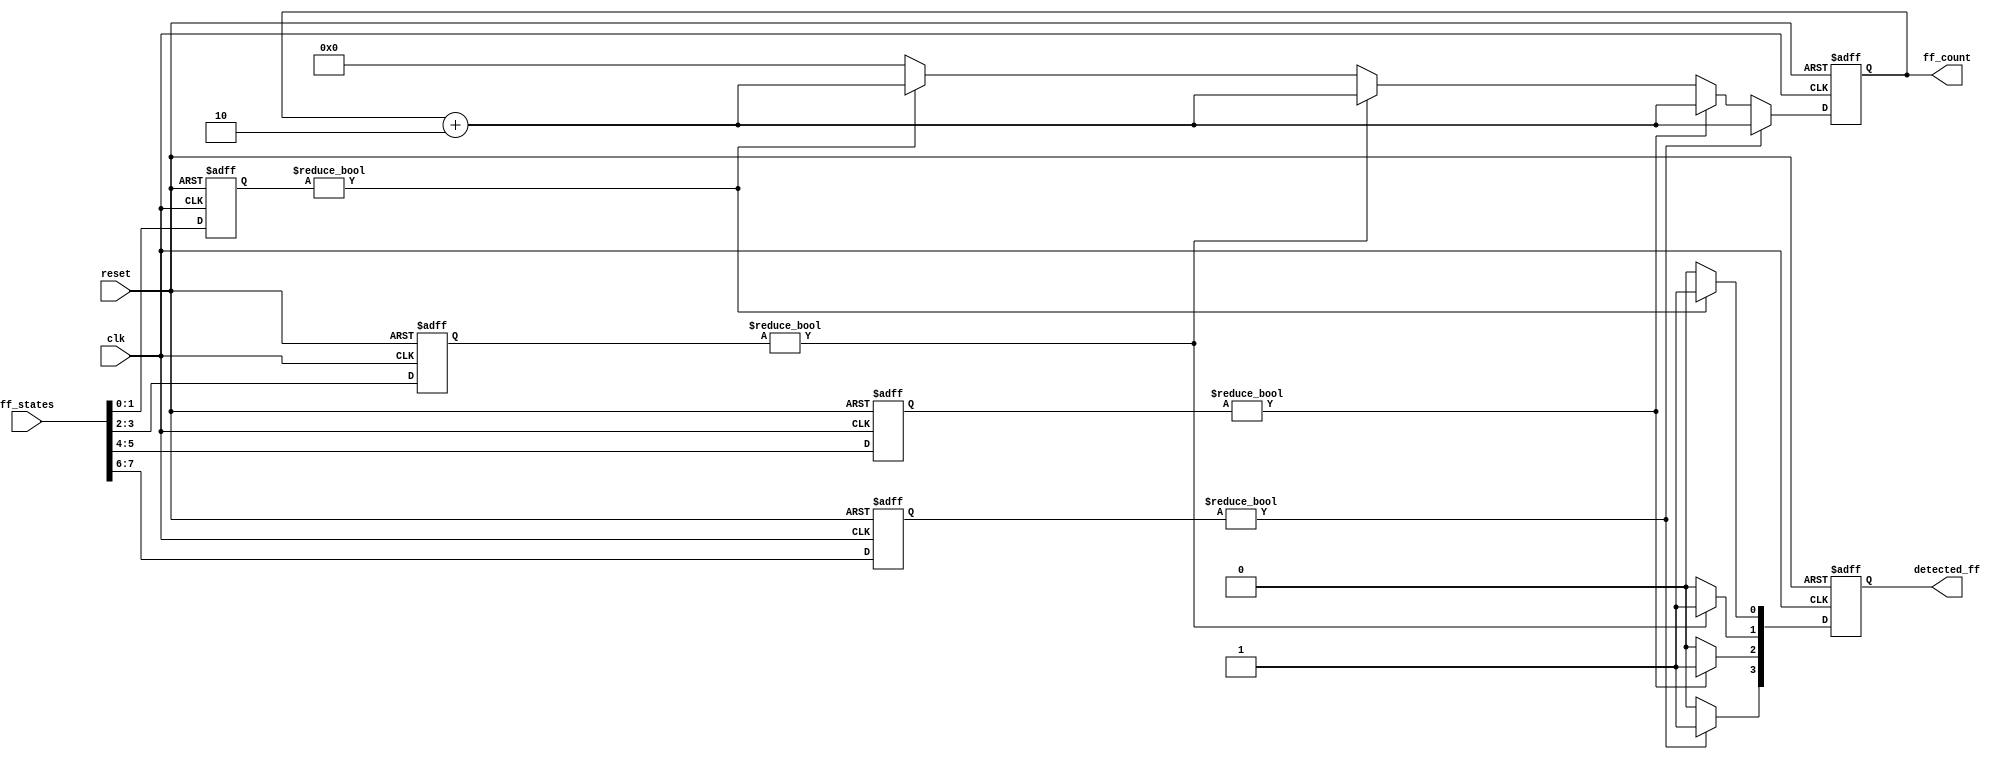
module flip_flop_detector #(
    parameter NUM_FLIP_FLOPS = 8,  // Number of flip-flops
    parameter NUM_BLOCKS = 4,      // Number of memory blocks
    parameter BLOCK_WIDTH = NUM_FLIP_FLOPS / NUM_BLOCKS // Width of each block
)(
    input wire clk,                 // Clock signal
    input wire reset,               // Reset signal
    input wire [NUM_FLIP_FLOPS-1:0] ff_states, // States of flip-flops
    output reg [NUM_BLOCKS-1:0] detected_ff, // Detected flip-flops in each block
    output reg [$clog2(NUM_FLIP_FLOPS):0] ff_count // Count of detected flip-flops
);

    // Memory blocks to store states
    reg [BLOCK_WIDTH-1:0] memory_blocks [0:NUM_BLOCKS-1];

    // Detection logic
    integer i, j;

    always @(posedge clk or posedge reset) begin
        if (reset) begin
            // Reset all memory blocks and counters
            for (i = 0; i < NUM_BLOCKS; i = i + 1) begin
                memory_blocks[i] <= 0;
            end
            detected_ff <= 0;
            ff_count <= 0;
        end else begin
            // Capture flip-flop states in memory blocks
            for (i = 0; i < NUM_BLOCKS; i = i + 1) begin
                memory_blocks[i] <= ff_states[i * BLOCK_WIDTH +: BLOCK_WIDTH];
            end

            // Detection logic for each memory block
            detected_ff <= 0;
            ff_count <= 0;

            for (i = 0; i < NUM_BLOCKS; i = i + 1) begin
                // Example detection logic: If any bit is high, set detected_ff
                if (memory_blocks[i] != 0) begin
                    detected_ff[i] <= 1;
                    ff_count <= ff_count + BLOCK_WIDTH; // Increment by the number of bits in the block
                end
            end
        end
    end

endmodule